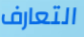
التعارف